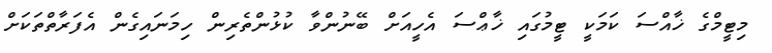
މިޓީމްގެ ޚާއްސަ ކަމަކީ ޓީމުގައި ޚާޢްސަ އެހީއަށް ބޭނުންވާ ކުޅުންތެރިން ހިމަނައިގެން އެފަރާތްތަކަށް